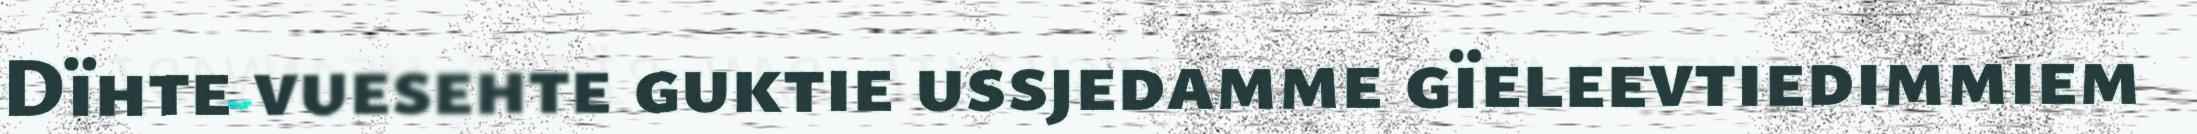
Dïhte vuesehte guktie ussjedamme gïeleevtiedimmiem